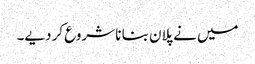
میں نے پلان بنا نا شروع کر دیے۔